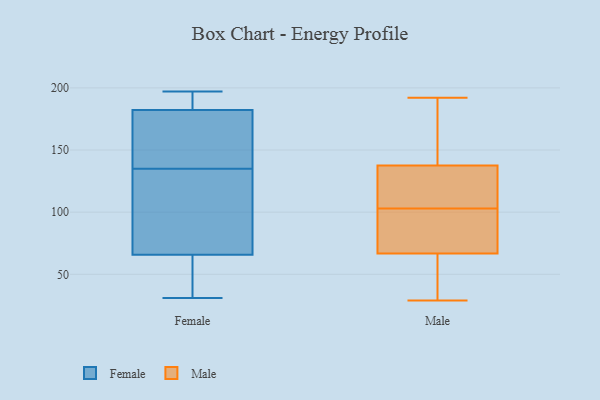
{"axis": {"x": "Demand Index", "y": "Value"}, "legend": ["Female", "Male"], "data": [{"x": "", "y": 127, "type": "Female"}, {"x": "", "y": 139, "type": "Female"}, {"x": "", "y": 193, "type": "Female"}, {"x": "", "y": 59, "type": "Female"}, {"x": "", "y": 68, "type": "Female"}, {"x": "", "y": 151, "type": "Female"}, {"x": "", "y": 197, "type": "Female"}, {"x": "", "y": 193, "type": "Female"}, {"x": "", "y": 133, "type": "Female"}, {"x": "", "y": 186, "type": "Female"}, {"x": "", "y": 32, "type": "Female"}, {"x": "", "y": 176, "type": "Female"}, {"x": "", "y": 77, "type": "Female"}, {"x": "", "y": 31, "type": "Female"}, {"x": "", "y": 135, "type": "Female"}, {"x": "", "y": 181, "type": "Female"}, {"x": "", "y": 57, "type": "Female"}, {"x": "", "y": 103, "type": "Male"}, {"x": "", "y": 136, "type": "Male"}, {"x": "", "y": 29, "type": "Male"}, {"x": "", "y": 73, "type": "Male"}, {"x": "", "y": 142, "type": "Male"}, {"x": "", "y": 85, "type": "Male"}, {"x": "", "y": 104, "type": "Male"}, {"x": "", "y": 78, "type": "Male"}, {"x": "", "y": 125, "type": "Male"}, {"x": "", "y": 48, "type": "Male"}, {"x": "", "y": 37, "type": "Male"}, {"x": "", "y": 169, "type": "Male"}, {"x": "", "y": 192, "type": "Male"}]}